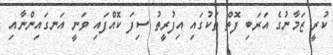
ކުރީ ޒަމާނުގެ އަރަބި ފޮތް ތަކުގައި އިފުރީތު ސިފަ ކޮއްފައި ވަނީ އަނގައިންނާއި